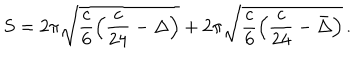
S = 2 \pi \sqrt { \frac c 6 \left( \frac { c } { 2 4 } - \Delta \right) } + 2 \pi \sqrt { \frac c 6 \left( \frac { c } { 2 4 } - \bar { \Delta } \right) } \, .